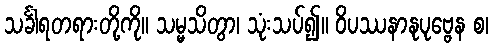
သင်္ခါရတရားတို့ကို။ သမ္မသိတွာ၊ သုံးသပ်၍။ ဝိပဿနာနုပုဗ္ဗေန စ၊